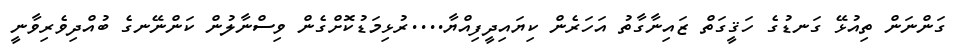
ގަންނަން ތިއުޅޭ ގަނޑުގެ ހަޤީގަތް ޒައިނާގާތު އަހަރެން ކިޔައިދީފިއްޔާ....ރުޅިމަޑުކޮށްގެން ވިސްނާލުން ކަންނޭނގެ ބުއްދިވެރިވާނީ